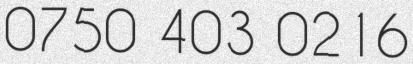
0750 403 0216